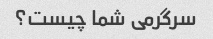
سرگرمی شما چیست؟